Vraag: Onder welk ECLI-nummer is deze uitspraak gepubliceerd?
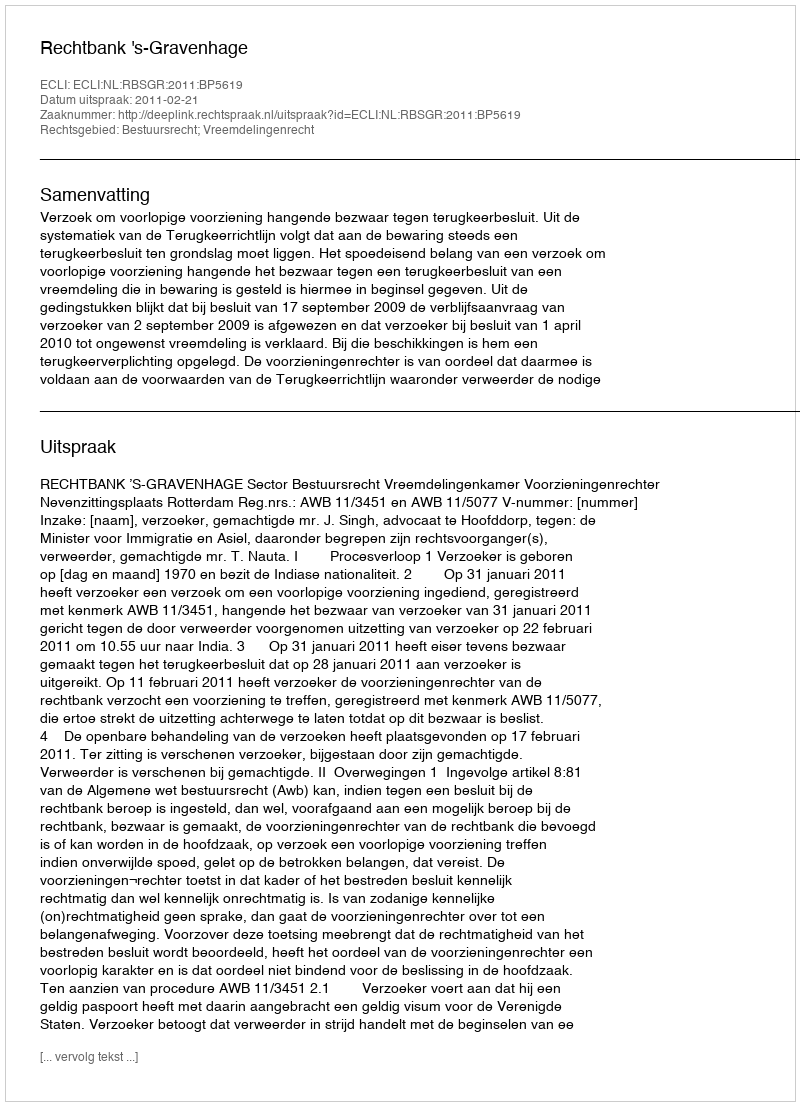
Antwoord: ECLI:NL:RBSGR:2011:BP5619